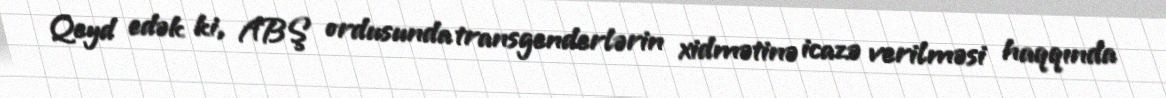
Qeyd edək ki, ABŞ ordusunda transgenderlərin xidmətinə icazə verilməsi haqqında